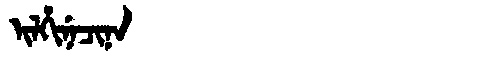
Manchu: ᡳᠯᡥᡳᠨᡝᠴᡳᠨᠠ
Romanization: ILHINECINA